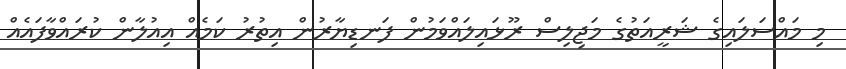
މި މައްސަލައިގެ ޝަރީއަތުގެ މަޖިލިސް ރޫޅައިލައްވަމުން ފަނޑިޔާރުން އިތުރު ކަމެއް އިއުލާން ކުރައްވާފައެއް